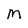
Character: M